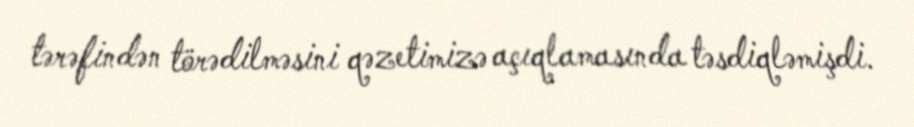
tərəfindən törədilməsini qəzetimizə açıqlamasında təsdiqləmişdi.